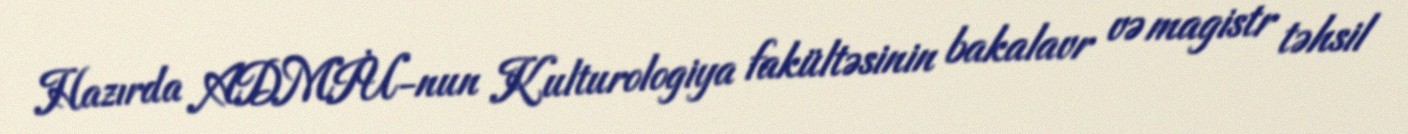
Hazırda ADMİU-nun Kulturologiya fakültəsinin bakalavr və magistr təhsil